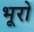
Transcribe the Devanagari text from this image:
भूरो